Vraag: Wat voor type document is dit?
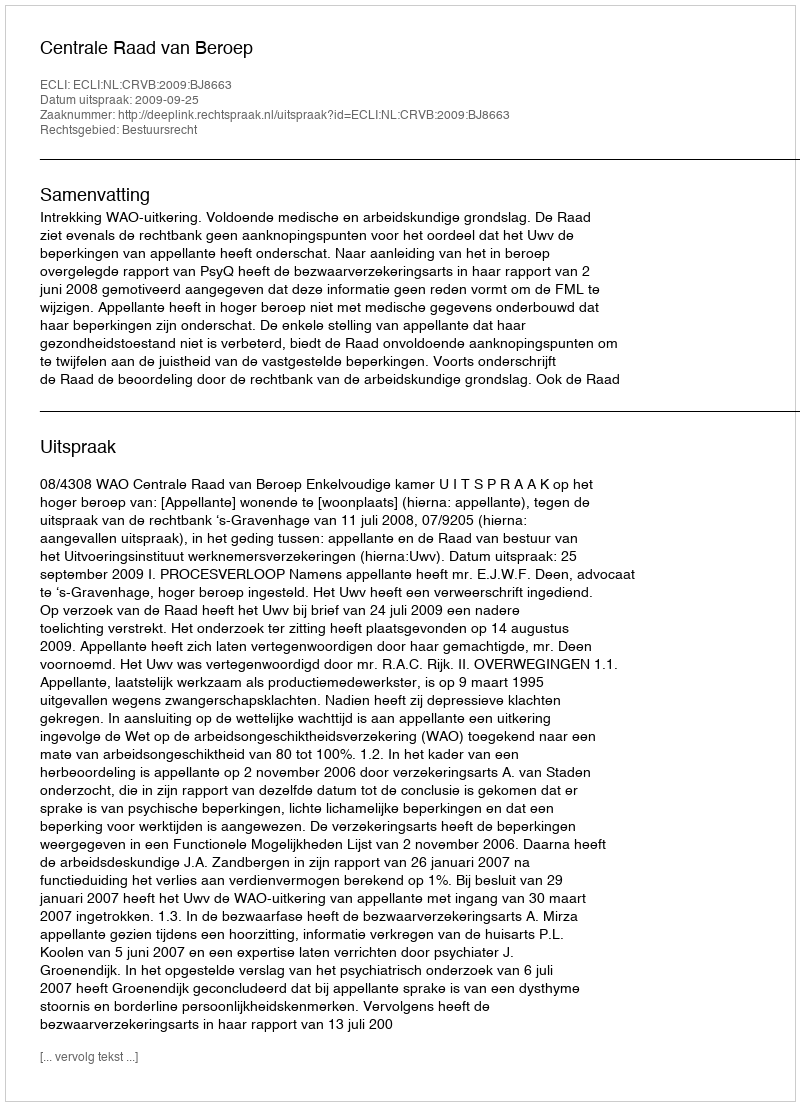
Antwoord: Uitspraak